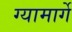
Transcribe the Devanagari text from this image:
ग्यामार्गे